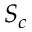
S _ { c }